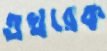
এখরেক